Leaving Certificate Examination, 1920
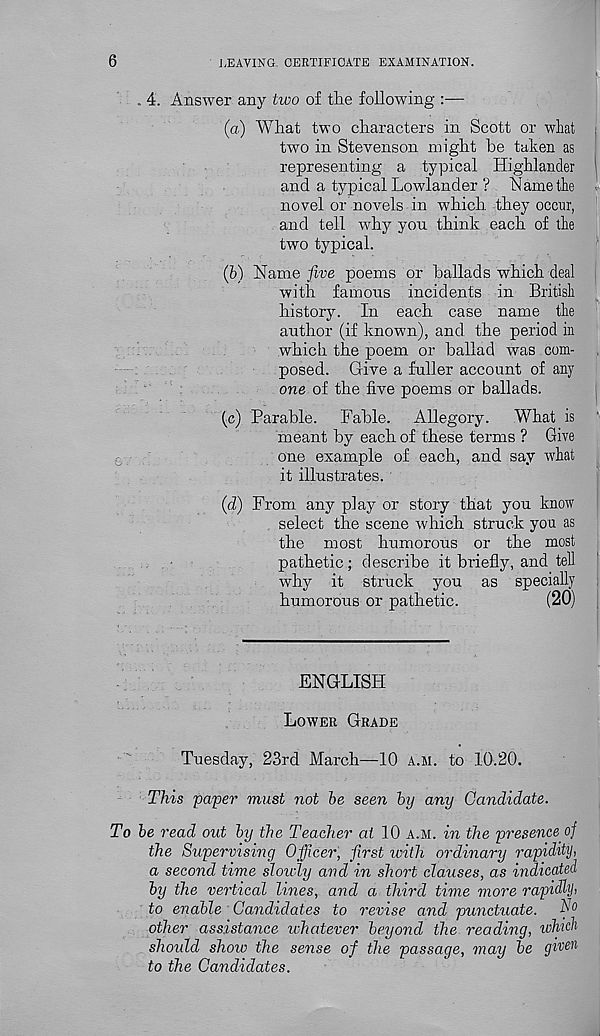
6
LEAVING. CERTIFICATE EXAMINATION.
4. Answer any two of the following :—
(а) What two characters in Scott or what
two in Stevenson might be taken as
representing a typical Highlander ^
and a typical Lowlander ? Name the .
novel or novels in which they occur,
and tell why yon think each of the
two typical.
(б) Name five poems or ballads which deal
with famous incidents in British
history. In each case name the
author (if known), and the period in
which the poem or ballad was com-
posed. Give a fuller account of any
one of the five poems or ballads.
(c) Parable. Fable. Allegory. What is
meant by each of these terms ? Give
one example of each, and say what
it illustrates.
(d) From any play or story that you know
select the scene which struck you as
the most humorous or the most
pathetic; describe it briefly, and tell
why it struck you as specially
humorous or pathetic.
(20)
ENGLISH
LOWER GRADE
Tuesday, 23rd March—10 A.M. to 10.20.
This pa'per must not be seen by any Candidate.
To be read out by the Teacher at 10 A.M. in the presence of
the Supervising Officer, first icith ordinary rapidity,
a second time slowly and in short clauses, as indicated
by the vertical lines, and a third time more rapidly,
to enable Candidates to revise and punctuate.
f°
other assistance whatever beyond the reading, which
should shoio the sense of the passage, may be given
to the Candidates.